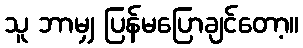
သူ ဘာမျှ ပြန်မပြောချင်တော့။